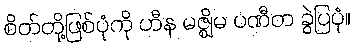
စိတ်တို့ဖြစ်ပုံကို ဟီန မဇ္ဈိမ ပဏီတ ခွဲပြပုံ။